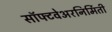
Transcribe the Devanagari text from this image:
सॉफ्टवेअरनिर्मिती